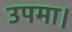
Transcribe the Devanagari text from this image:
उपमा।